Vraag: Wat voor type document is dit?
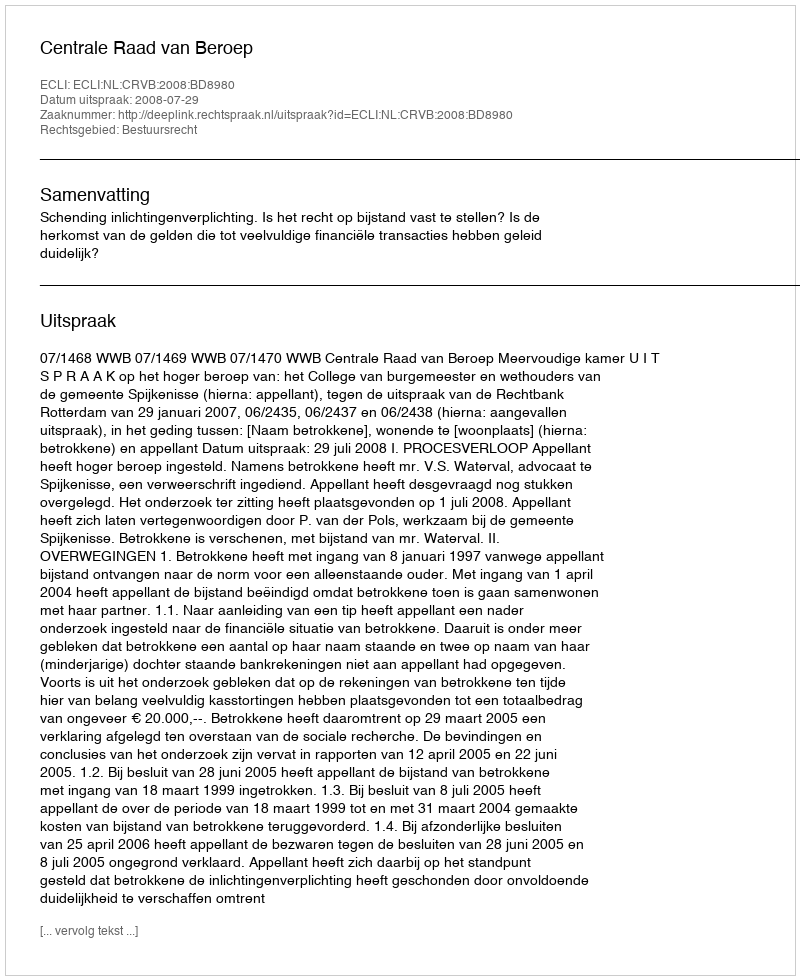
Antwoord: Uitspraak